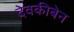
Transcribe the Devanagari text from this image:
देवकीबेन